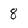
Character: 8